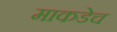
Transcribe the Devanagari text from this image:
माकडेच